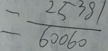
= \frac { 2 5 3 8 1 } { 6 0 0 6 0 }